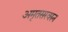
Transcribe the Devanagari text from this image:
अमृतसरवरुन